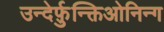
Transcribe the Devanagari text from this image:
उन्देर्फ़ुन्क्तिओनिन्ग